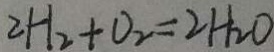
2 H _ { 2 } + O _ { 2 } = 2 H _ { 2 } O